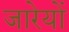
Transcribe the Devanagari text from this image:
जारेयों